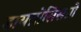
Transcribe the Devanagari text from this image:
डायग्नोसिसप्रो